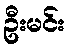
ဦးမင်း